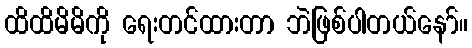
ထိထိမိမိကို ရေးတင်ထားတာ ဘဲဖြစ်ပါတယ်နော်။